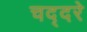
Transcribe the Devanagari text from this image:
चद्दरे